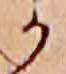
か